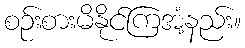
စဉ်းစားမိနိုင်ကြအံ့နည်း။